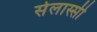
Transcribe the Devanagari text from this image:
सेलास्सी